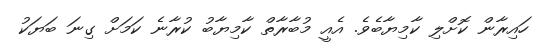
ހައިރާން ކޮށްލި ކާމިޔާބެވެ. އެއީ މުބާރާތް ކާމިޔާބު ކުރާނެ ކަމަށް ގިނަ ބަޔަކު